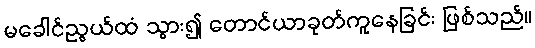
မခေါင်ညွယ်ထံ သွား၍ တောင်ယာခုတ်ကူနေခြင်း ဖြစ်သည်။